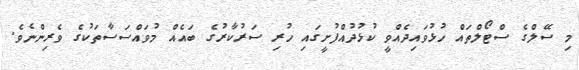
މި ސޭލްގެ ސްޓޯލްތައް ހުޅުވައިދެއްވީ ކުޅުދުއްފުށީގައި ހުރި ސަރުކާރުގެ ބައެއް މުވައްސަސާތަކުގެ ވެރިންނެވެ.